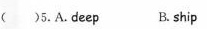
( )5.A.deep B. ship